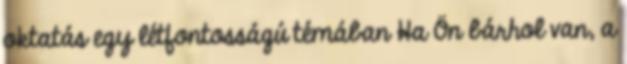
oktatás egy létfontosságú témában Ha Ön bárhol van, a